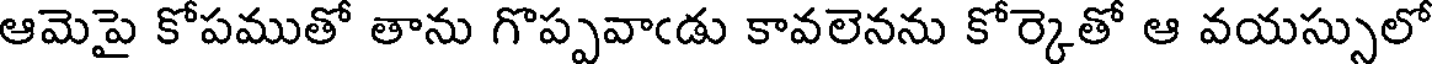
ఆమెపై కోపముతో తాను గొప్పవాఁడు కావలెనను కోర్కెతో ఆ వయస్సులో